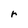
Character: r